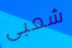
شعبى